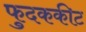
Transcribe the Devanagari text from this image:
फुदककीट